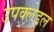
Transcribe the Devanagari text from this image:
उपक्लेड्ल